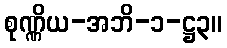
စုဏ္ဏိယ-အဘိ-၁-ဋ္ဌ၃။